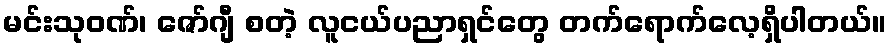
မင်းသုဝဏ်၊ ဇော်ဂျီ စတဲ့ လူငယ်ပညာရှင်တွေ တက်ရောက်လေ့ရှိပါတယ်။